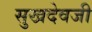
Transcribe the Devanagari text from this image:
सुखदेवजी